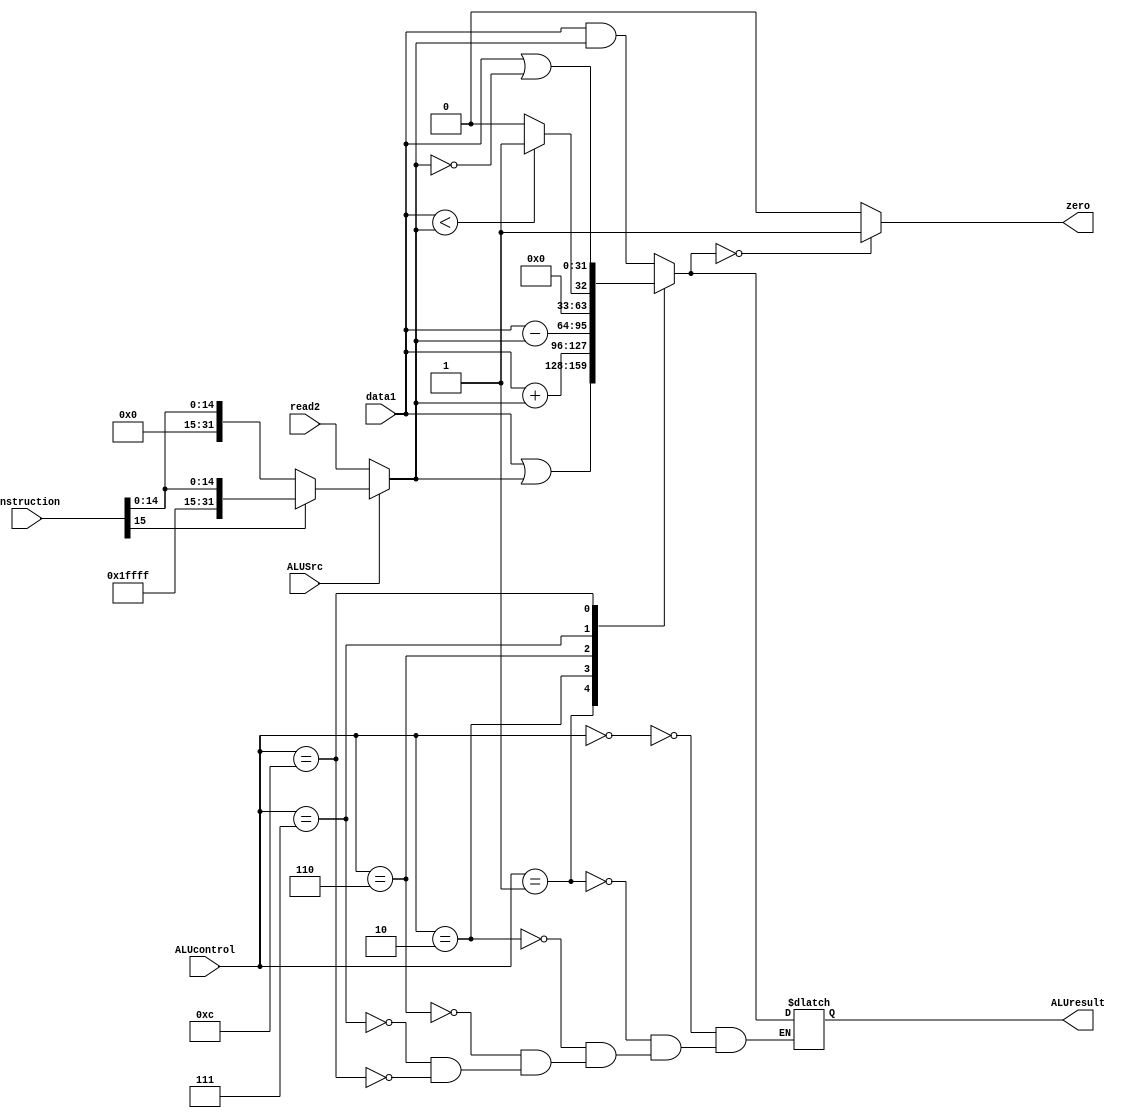
`timescale 1ns / 1ps
//////////////////////////////////////////////////////////////////////////////////
// 
// Design Name: 
// Module Name: ALU
// Project Name: MIPS
// Target Devices: 
// Tool Versions: 
// Description: 
// 
// Dependencies: 
// 
// Revision:
// Revision 0.01 - File Created
// Additional Comments:
// 
//////////////////////////////////////////////////////////////////////////////////


module ALU (
    input      [31:0] data1,        // data 1
    input      [31:0] read2,        // data 2 from MUX
    input      [31:0] instruction,  // used for sign-extension
    input             ALUSrc,
    input      [ 3:0] ALUcontrol,
    output reg        zero,
    output reg [31:0] ALUresult
);

  reg [31:0] data2;

  always @(ALUSrc, read2, instruction) begin
    if (ALUSrc == 0) begin
      data2 = read2;
    end else begin
      // SignExt[instruction[15:0]]
      if (instruction[15] == 1'b0) begin
        data2 = {16'b0, instruction[15:0]};
      end else begin
        data2 = {{16{1'b1}}, instruction[15:0]};
      end
    end
  end

  always @(data1, data2, ALUcontrol) begin
    case (ALUcontrol)
      4'b0000:  // AND
      ALUresult = data1 & data2;
      4'b0001:  // OR
      ALUresult = data1 | data2;
      4'b0010:  // ADD
      ALUresult = data1 + data2;
      4'b0110:  // SUB
      ALUresult = data1 - data2;
      4'b0111:  // SLT
      ALUresult = (data1 < data2) ? 1 : 0;
      4'b1100:  // NOR
      ALUresult = data1 | ~data2;
      default: ;
    endcase
    if (ALUresult == 0) begin
      zero = 1;
    end else begin
      zero = 0;
    end
  end

endmodule